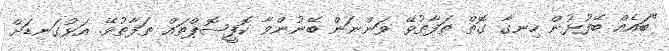
"ބައެއް ބޭފުޅުން ހިނގާ ގޮތް ތަފާތުވޭ ވަންނަން ބޭނުންވާ ކޮފީޝޮޕްތައް ތަފާތުވޭ. އަޅުގަނޑަށް